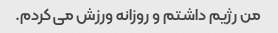
من رژیم داشتم و روزانه ورزش می کردم.